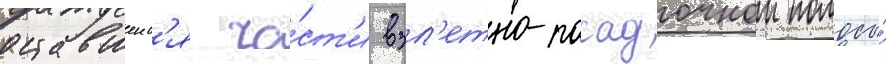
оставшеис'я ча́ст'и взл'етно-посадочнои полосы́